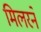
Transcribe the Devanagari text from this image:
मिलरने